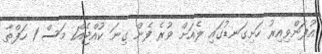
އުފަންވިއިރު ހަށިގަނޑުގައި ލެއަށް ވުރެ ފެން ގިނަ ކުއްޖެއް1 މަސް 1 ހަފްތާ